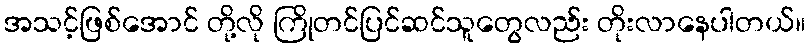
အသင့်ဖြစ်အောင် တို့လို ကြိုတင်ပြင်ဆင်သူတွေလည်း တိုးလာနေပါတယ်။